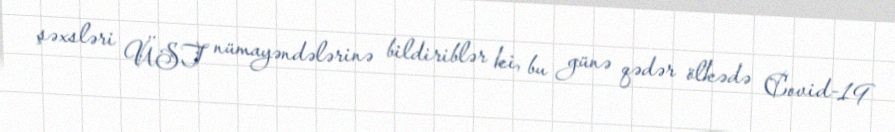
şəxsləri ÜST nümayəndələrinə bildiriblər ki, bu günə qədər ölkədə Covid-19